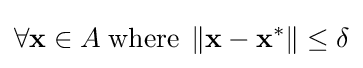
\forall \mathbf {x} \in A\;{\text{where}}\;\left\Vert \mathbf {x} -\mathbf {x} ^{\ast }\right\Vert \leq \delta